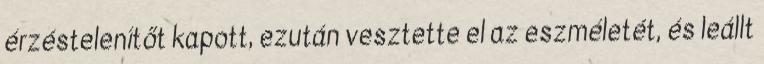
érzéstelenítőt kapott, ezután vesztette el az eszméletét, és leállt